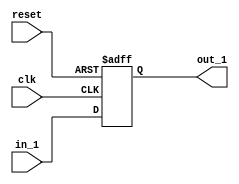
module dflop_n_reset (
    in_1,
    clk,
    reset,
    out_1
);

input in_1;
input clk;
input reset;
output out_1;
// out_1 is also register 
reg out_1;

always @(posedge clk or posedge reset) begin
    if (reset) begin
        out_1 <= 1'b0;
    end else begin
        out_1 <= in_1;
    end
end
    
endmodule